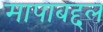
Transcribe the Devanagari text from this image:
मापाबद्दल